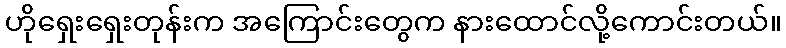
ဟိုရှေးရှေးတုန်းက အကြောင်းတွေက နားထောင်လို့ကောင်းတယ်။